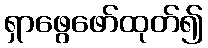
ရှာဖွေဖော်ထုတ်၍